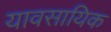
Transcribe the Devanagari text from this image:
यावसायिक